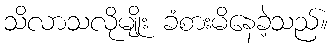
သိလာသလိုမျိုး ခံစားမိနေခဲ့သည်။